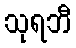
သုရဘီ